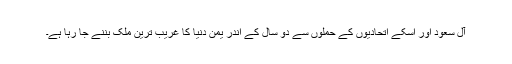
آل سعود اور اسکے اتحادیوں کے حملوں سے دو سال کے اندر یمن دنیا کا غریب ترین ملک بننے جا رہا ہے۔